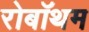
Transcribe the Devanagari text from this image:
रोबॉथम